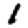
Digit: 1